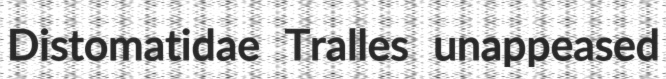
Distomatidae Tralles unappeased